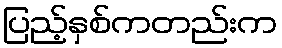
ပြည့်နှစ်ကတည်းက